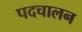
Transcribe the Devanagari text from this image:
पदचालन